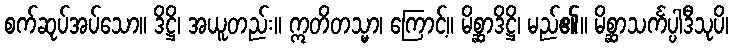
စက်ဆုပ်အပ်သော။ ဒိဋ္ဌိ၊ အယူတည်း။ ဣတိတသ္မာ၊ ကြောင့်။ မိစ္ဆာဒိဋ္ဌိ၊ မည်၏။ မိစ္ဆာသင်္ကပ္ပါဒီသုပိ၊